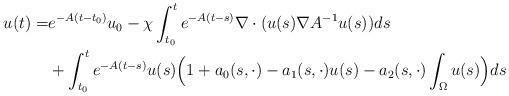
LaTeX: \begin{align*}u(t)=&e^{-A(t-t_0)}u_0 -\chi\int_{t_0}^t e^{-A(t-s)}\nabla\cdot ( u(s) \nabla A^{-1}u(s))ds\\&+\int_{t_0}^t e^{-A(t-s)}u(s)\Big(1+ a_0(s,\cdot)-a_1(s,\cdot)u(s)-a_2(s,\cdot)\int_{\Omega}u(s)\Big)ds\end{align*}